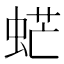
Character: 𧋽